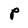
Character: P